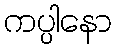
ကပ္ပါနော